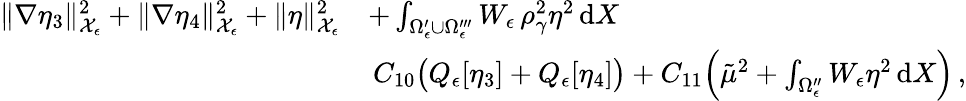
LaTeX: \begin{array}{rl}{\| \nabla\eta_{3}\| _{\mathcal{X}_{\epsilon}}^{2}+\| \nabla\eta_{4}\| _{\mathcal{X}_{\epsilon}}^{2}+\| \eta\| _{\mathcal{X}_{\epsilon}}^{2}}&{+\int_{\Omega_{\epsilon}^{\prime}\cup\Omega_{\epsilon}^{\prime\prime\prime}}W_{\epsilon}\, \rho_{\gamma}^{2}\eta^{2}\, \mathrm{d}X}\\ {\, }&{\le\, C_{10}\bigl(Q_{\epsilon}[\eta_{3}]+Q_{\epsilon}[\eta_{4}]\bigr)+C_{11}\Bigl(\tilde{\mu}^{2}+\int_{\Omega_{\epsilon}^{\prime\prime}}W_{\epsilon}\eta^{2}\, \mathrm{d}X\Bigr)\, ,}\end{array}